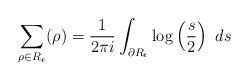
LaTeX: \begin{align*}\sum_{\rho\in R_\epsilon} (\rho)=\frac{1}{2\pi i} \int_{\partial{R_\epsilon}}\log\left(\frac{s}{2}\right) \ ds \end{align*}